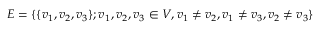
E = \{ \{ v _ { 1 } , v _ { 2 } , v _ { 3 } \} ; v _ { 1 } , v _ { 2 } , v _ { 3 } \in V , v _ { 1 } \neq v _ { 2 } , v _ { 1 } \neq v _ { 3 } , v _ { 2 } \neq v _ { 3 } \}